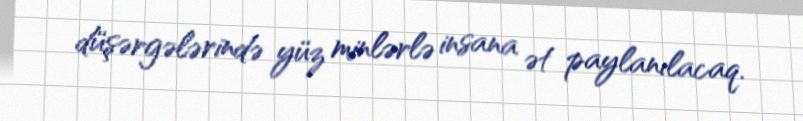
düşərgələrində yüz minlərlə insana ət paylanılacaq.